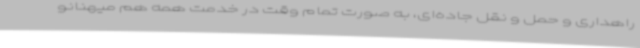
راهداری و حمل و نقل جاده‌ای، به صورت تمام وقت در خدمت همه هم میهنانو